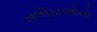
ખલીફાઓનો